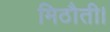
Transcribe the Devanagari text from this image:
मिठौती।